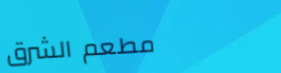
مطعم الشرق